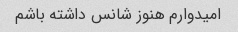
امیدوارم هنوز شانس داشته باشم